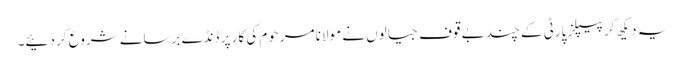
یہ دیکھ کر پیپلز پارٹی کے چند بے قوف جیالوں نے مولانا مرحوم کی کار پر ڈنڈے برسانے شروع کر دئیے۔